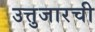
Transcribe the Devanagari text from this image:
उत्तुजारची